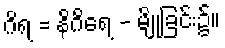
ဂိရ = နိဂိရေ - မျိုခြင်း၌။